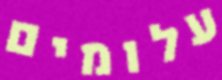
עלומים